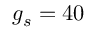
g _ { s } = 4 0